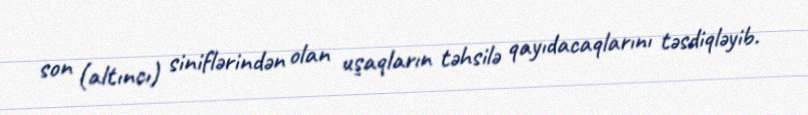
son (altıncı) siniflərindən olan uşaqların təhsilə qayıdacaqlarını təsdiqləyib.